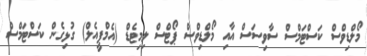
މޯލްޑިވްސް ކަސްޓަމްސް ސާވިސަސް އާއި މޯލްޑިވްސް ޕޯޓްސް ލިމިޓެޑް (އެމްޕީއެލް) ގުޅިގެން ކަސްޓަމްސް